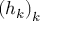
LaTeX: \left( h _ { k } \right) _ { k }